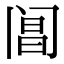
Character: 阊